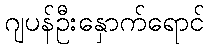
ဂျပန်ဦးနှောက်ရောင်